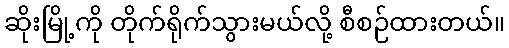
ဆိုးမြို့ကို တိုက်ရိုက်သွားမယ်လို့ စီစဉ်ထားတယ်။